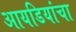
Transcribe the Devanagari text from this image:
आयडियांचा